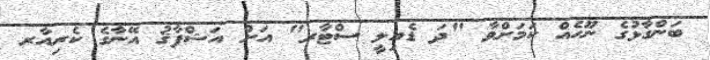
ބަންގާޅުގެ ނޫހެއް ކަމަށްވާ "ދަ ޑެއިލީ ސްޓާރ" އަށް އަޝްފާޤު އޭނާގެ ކެރިއާރ